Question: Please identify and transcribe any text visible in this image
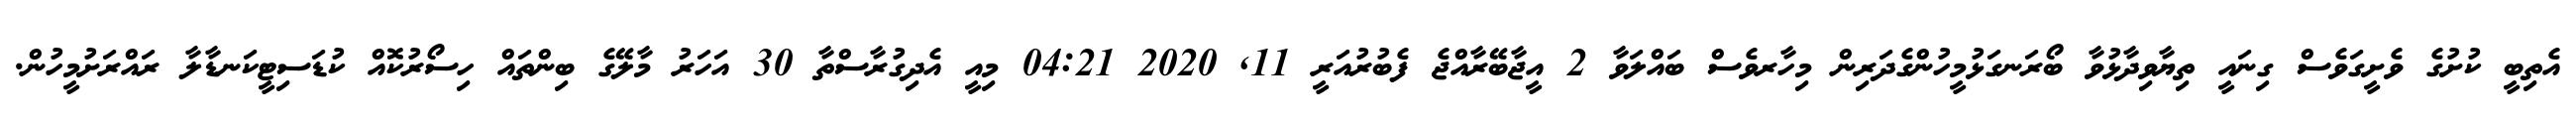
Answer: އެތިބީ ކުށުގެ ވެށީގަވެސް ގިނައީ ތިޔާވިދާޅުވާ ބޯރަނގަޅުމީހުންގެދަރިން މިހާރވެސް ބައްލަވާ 2 އީޖާބޭރާއްޖެ ފެބުރުއަރީ 11, 2020 04:21 މިއީ އެދިގުރާސްތާ 30 އަހަރު މާލޭގެ ބިންތައް ހިސޯރުކޮއް ކުޑަސިޓީކަނޑާލާ ރައްރަށުމީހުން.